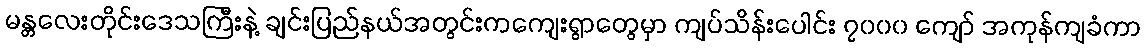
မန္တလေးတိုင်းဒေသကြီးနဲ့ ချင်းပြည်နယ်အတွင်းကကျေးရွာတွေမှာ ကျပ်သိန်းပေါင်း ၇၀၀၀ ကျော် အကုန်ကျခံကာ